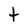
Character: t